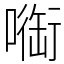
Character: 㗸